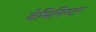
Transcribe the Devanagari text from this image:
वेमिनिस्टर